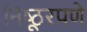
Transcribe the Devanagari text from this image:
निष्ठूरपणे